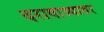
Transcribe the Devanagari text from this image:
दरावाज्यावर